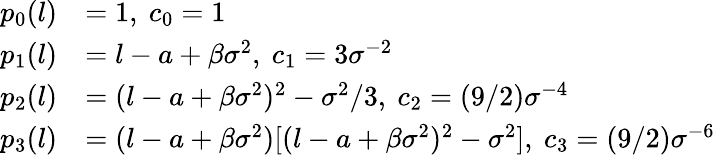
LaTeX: \begin{array}{rl}{p_{0}(l)}&{=1,\ c_{0}=1}\\ {p_{1}(l)}&{=l-a+\beta\sigma^{2},\ c_{1}=3\sigma^{-2}}\\ {p_{2}(l)}&{=(l-a+\beta\sigma^{2})^{2}-\sigma^{2}/3,\ c_{2}=(9/2)\sigma^{-4}}\\ {p_{3}(l)}&{=(l-a+\beta\sigma^{2})[(l-a+\beta\sigma^{2})^{2}-\sigma^{2}],\ c_{3}=(9/2)\sigma^{-6}}\end{array}